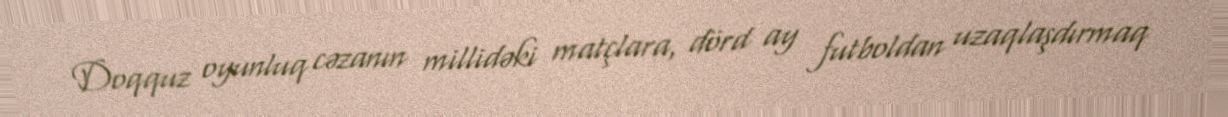
Doqquz oyunluq cəzanın millidəki matçlara, dörd ay futboldan uzaqlaşdırmaq